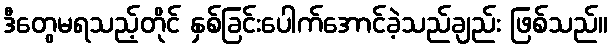
ဒီတွေမရသည့်တိုင် နှစ်ခြင်းပေါက်အောင်ခဲ့သည်ချည်း ဖြစ်သည်။